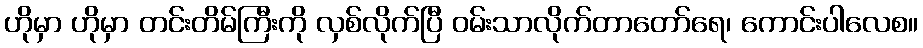
ဟိုမှာ ဟိုမှာ တင်းတိမ်ကြီးကို လှစ်လိုက်ပြီ ဝမ်းသာလိုက်တာတော်ရေ၊ ကောင်းပါလေစ။